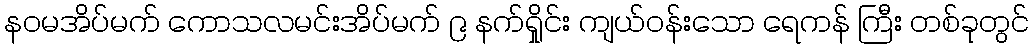
နဝမအိပ်မက် ကောသလမင်းအိပ်မက် ၉ နက်ရှိုင်း ကျယ်ဝန်းသော ရေကန် ကြီး တစ်ခုတွင်